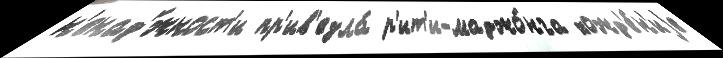
н'енад'́жност'и пр'ив'езла́ р'ит'и-маджо́нга хожд'е́н'иjе